Indian journal of veterinary science and animal husbandry - Volume 1,
Year: 1931
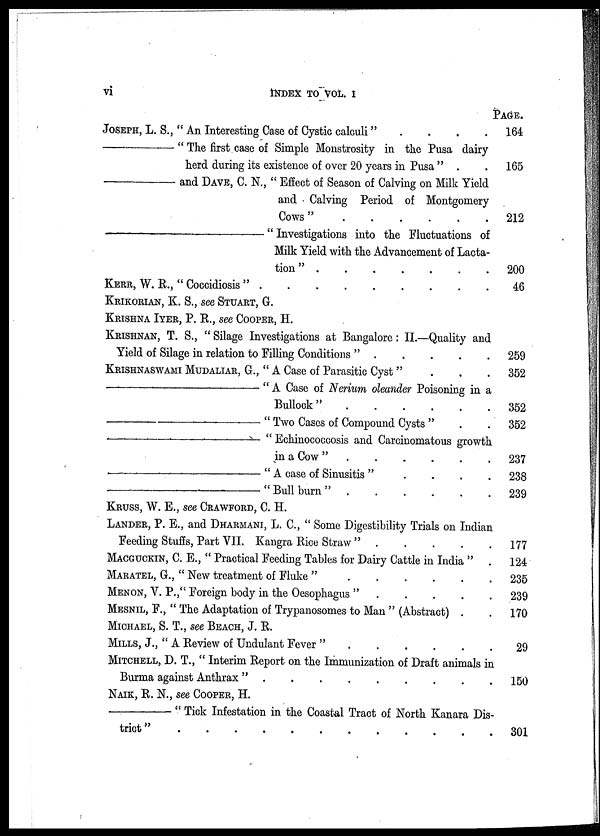
INDEX TO VOL. I
vi
JOSEPH, L. S., " An Interesting Case of Cystic calculi" . . . .
—"
The first case of Simple Monstrosity in the Pusa dairy
herd during its existence of over 20 years in Pusa " . .
—and
DAVE,
C. N., " Effect of Season of Calving on Milk Yield
and Calving Period of Montgomery
Cows"
—
" Investigations into the Fluctuations of
Milk Yield with the Advancement of Lacta-
tion "
KERR, W. R., " Coccidiosis "
KRIKORIAN, K. S., see STUART, G.
KRISHNA IYER, P. R., see COOPER, H.
KRISHNAN, T. S., " Silage Investigations at Bangalore: II.—Quality and
Yield of Silage in relation to Filling Conditions "
KRISHNASWAMI MUDALIAR, G., " A Case of Parasitic Cyst " . . .
—
" A Case of Nerium oleander Poisoning in a
Bullock"
—
" Two Cases of Compound Cysts " . .
—
" Echinococcosis and Carcinomatous growth
in a Cow "
—"
A case of Sinusitis " . . . .
—
"Bull burn"
KRUSS, W. E., see CRAWFORD, C. H.
LANDER, P. E., and DHARMANI, L. C, " Some Digestibility Trials on Indian
Feeding Stuffs, Part VII. Kangra Rico Straw "
MACGUCKIN, C. E., " Practical Feeding Tables for Dairy Cattle in India " .
MARATEL, G., " New treatment of Fluke "
MENON, V. P.," Foreign body in the Oesophagus "
MESNIL, F., " The Adaptation of Trypanosomes to Man " (Abstract) . .
MICHAEL, S. T., see BEACH, J. R.
MILLS, J., " A Review of Undulant Fever "
MITCHELL, D. T., " Interim Report on the Immunization of Draft animals in
Burma against Anthrax "
NAIK, R. N., see COOPER, H.
—
" Tick Infestation in the Coastal Tract of North Kanara Dis-
trict" . . . . . . . . . .
PAGE.
164
165
212
200
46
259
352
352
352
237
238
239
177
124
235
239
170
29
150
301